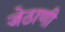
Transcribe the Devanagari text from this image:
जेठाणी